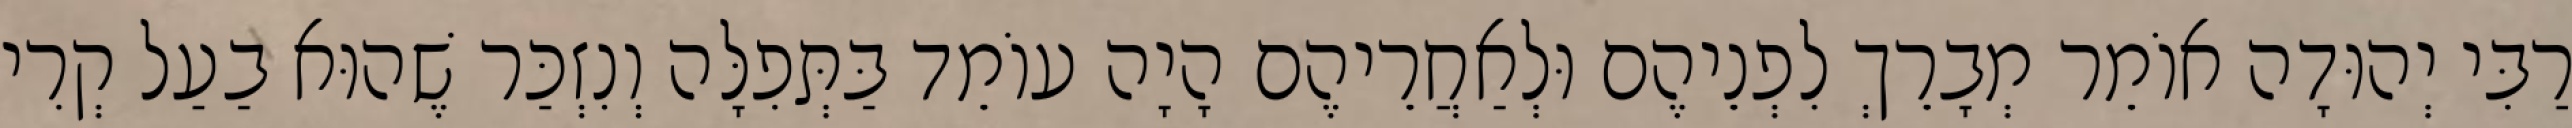
רַבִּי יְהוּדָה אוֹמֵר מְבָרֵךְ לִפְנֵיהֶם וּלְאַחֲרֵיהֶם הָיָה עוֹמֵד בַּתְּפִלָּה וְנִזְכַּר שֶׁהוּא בַעַל קְרִי